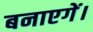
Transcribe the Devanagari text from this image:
बनाएगें।